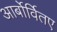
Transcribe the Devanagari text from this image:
आर्बोर्वितए